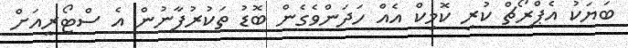
ބަޔަކު އެޕްރޯޗް ކުރި ކޮމިކް އެއް ހަދަންވެގެން ބޮޑު ތަކުރުފާނުން އެ ސްޓޯރީއަށް